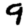
Digit: 9